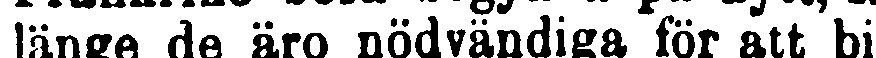
länge de äro nödvändiga för att bi